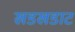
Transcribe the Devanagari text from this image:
खडखडाट